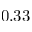
0 . 3 3